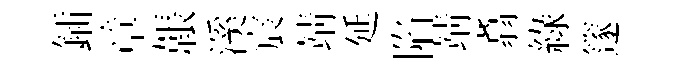
鍤章韔溪宸靖延陷靖翥綠篴